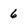
Character: 6